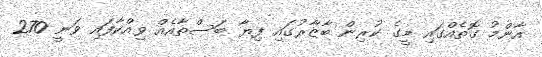
އާންމު ގޮތެއްގައި މީގެ ކުރިން ބާޒާރުގައި ފިޔާ ބަސްތާއެއް ވިއްކާފައި ވަނީ 270